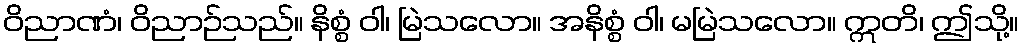
ဝိညာဏံ၊ ဝိညာဉ်သည်။ နိစ္စံ ဝါ၊ မြဲသလော။ အနိစ္စံ ဝါ၊ မမြဲသလော။ ဣတိ၊ ဤသို့။